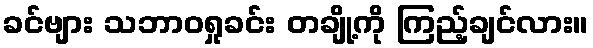
ခင်ဗျား သဘာဝရှုခင်း တချို့ကို ကြည့်ချင်လား။